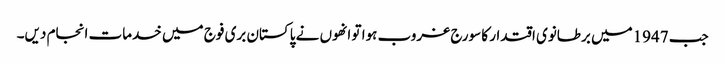
جب 1947میں برطانوی اقتدار کا سورج غروب ہوا تو انھوں نے پاکستان بری فوج میں خدمات انجام دیں۔